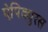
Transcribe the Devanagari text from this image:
ऐपिक्युरस